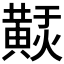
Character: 𪏃